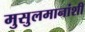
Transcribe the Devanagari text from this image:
मुसुलमानांशी